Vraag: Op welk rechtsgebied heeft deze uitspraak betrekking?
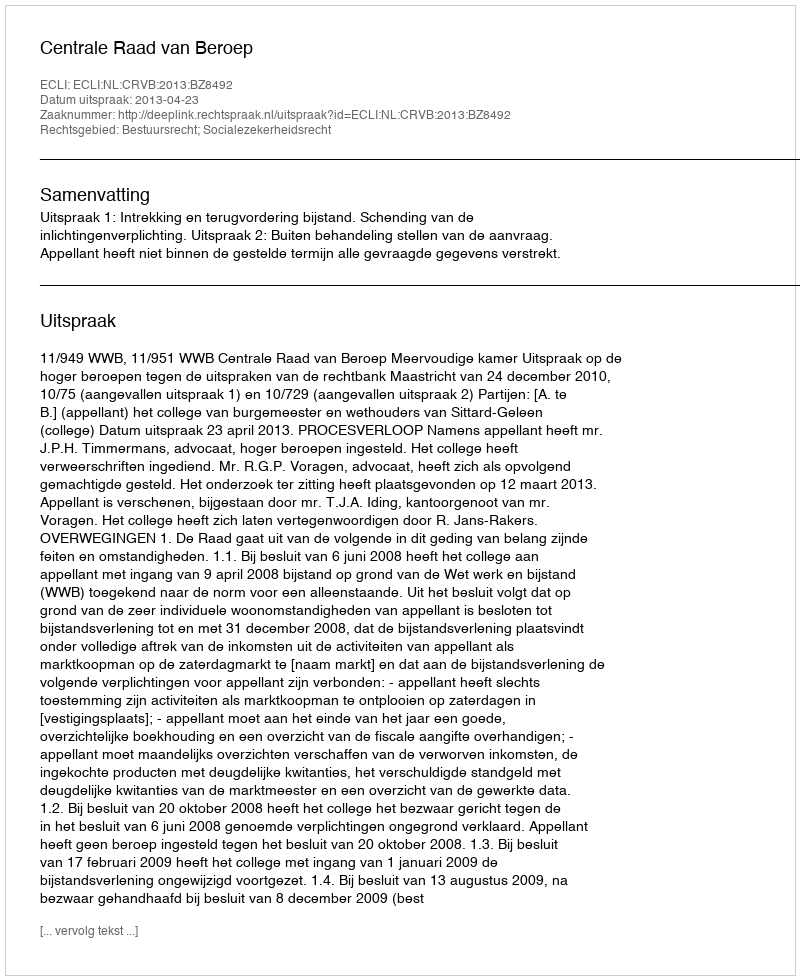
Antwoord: Bestuursrecht; Socialezekerheidsrecht